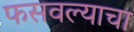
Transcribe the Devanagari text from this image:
फसवल्याचा